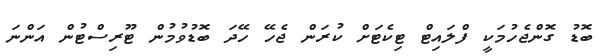
ބޮޑު ގޮންޖެހުމަކީ ފްލައިޓް ޓިކެޓަށް ކުރަން ޖެހޭ ހޭދަ ބޮޑުވުމުން ޓޫރިސްޓުން އަންނަ